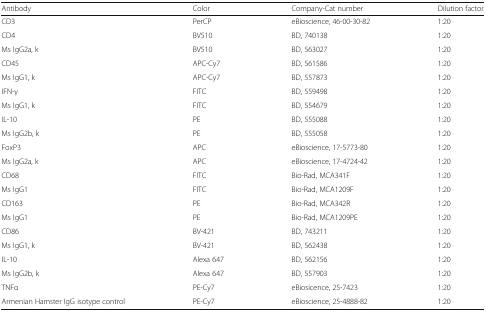
<table><thead><tr><td><b>Antibody</b></td><td><b>Color</b></td><td><b>Company-Cat number</b></td><td><b>Dilution factor</b></td></tr></thead><tbody><tr><td>CD3</td><td>PerCP</td><td>eBioscience, 46-00-30-82</td><td>1:20</td></tr><tr><td>CD4</td><td>BV510</td><td>BD, 740138</td><td>1:20</td></tr><tr><td>Ms IgG2a, k</td><td>BV510</td><td>BD, 563027</td><td>1:20</td></tr><tr><td>CD45</td><td>APC-Cy7</td><td>BD, 561586</td><td>1:20</td></tr><tr><td>Ms IgG1, k</td><td>APC-Cy7</td><td>BD, 557873</td><td>1:20</td></tr><tr><td>IFN-γ</td><td>FITC</td><td>BD, 559498</td><td>1:20</td></tr><tr><td>Ms IgG1, k</td><td>FITC</td><td>BD, 554679</td><td>1:20</td></tr><tr><td>IL-10</td><td>PE</td><td>BD, 555088</td><td>1:20</td></tr><tr><td>Ms IgG2b, k</td><td>PE</td><td>BD, 555058</td><td>1:20</td></tr><tr><td>FoxP3</td><td>APC</td><td>eBioscience, 17-5773-80</td><td>1:20</td></tr><tr><td>Ms IgG2a, k</td><td>APC</td><td>eBioscience, 17-4724-42</td><td>1:20</td></tr><tr><td>CD68</td><td>FITC</td><td>Bio-Rad, MCA341F</td><td>1:20</td></tr><tr><td>Ms IgG1</td><td>FITC</td><td>Bio-Rad, MCA1209F</td><td>1:20</td></tr><tr><td>CD163</td><td>PE</td><td>Bio-Rad, MCA342R</td><td>1:20</td></tr><tr><td>Ms IgG1</td><td>PE</td><td>Bio-Rad, MCA1209PE</td><td>1:20</td></tr><tr><td>CD86</td><td>BV-421</td><td>BD, 743211</td><td>1:20</td></tr><tr><td>Ms IgG1, k</td><td>BV-421</td><td>BD, 562438</td><td>1:20</td></tr><tr><td>IL-10</td><td>Alexa 647</td><td>BD, 562156</td><td>1:20</td></tr><tr><td>Ms IgG2b, k</td><td>Alexa 647</td><td>BD, 557903</td><td>1:20</td></tr><tr><td>TNFα</td><td>PE-Cy7</td><td>eBiosicence, 25-7423</td><td>1:20</td></tr><tr><td>Armenian Hamster IgG isotype control</td><td>PE-Cy7</td><td>eBioscience, 25-4888-82</td><td>1:20</td></tr></tbody></table>